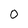
Character: O